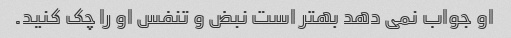
او جواب نمی دهد بهتر است نبض و تنفس او را چک کنید.